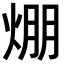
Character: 焩